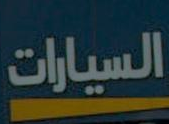
السيارات